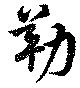
勒